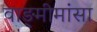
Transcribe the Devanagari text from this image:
वाङ्‍मीमांसा